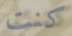
كنت